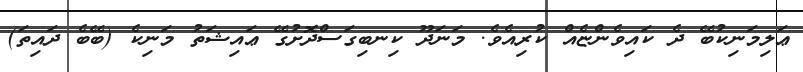
ޢަލިމަނިކުބޭ ދެ ކައިވެންޏެއް ކުރިއެވެ. މަނަދޫ ކިނބިގަސްދޮށުގޭ ޢައިޝަތު މަނިކެ (ބޭބެ ދައިތަ)